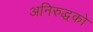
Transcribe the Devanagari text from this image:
अनिरुद्धको